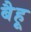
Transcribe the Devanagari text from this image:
बैहू